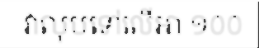
វាលុបទៅលើអា ១០០